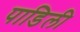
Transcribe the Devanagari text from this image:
पाडिली